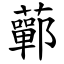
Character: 䕤